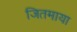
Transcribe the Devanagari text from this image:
जितमाया